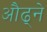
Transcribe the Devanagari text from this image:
औढ्ने